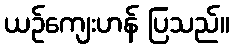
ယဉ်ကျေးဟန် ပြသည်။